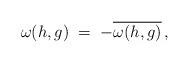
LaTeX: \begin{align*} \omega(h,g)\;=\;-\overline{\omega(h,g)}\,,\end{align*}